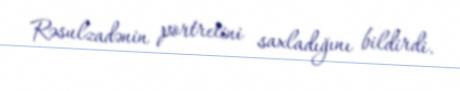
Rəsulzadənin portretini saxladığını bildirdi.